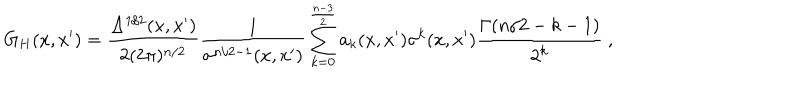
G _ { H } ( x , x ^ { \prime } ) = \frac { \Delta ^ { 1 / 2 } ( x , x ^ { \prime } ) } { 2 ( 2 \pi ) ^ { n / 2 } } \frac 1 { \sigma ^ { n / 2 - 1 } ( x , x ^ { \prime } ) } \sum _ { k = 0 } ^ { \frac { n - 3 } 2 } a _ { k } ( x , x ^ { \prime } ) \sigma ^ { k } ( x , x ^ { \prime } ) \frac { \Gamma ( n / 2 - k - 1 ) } { 2 ^ { k } } \ ,